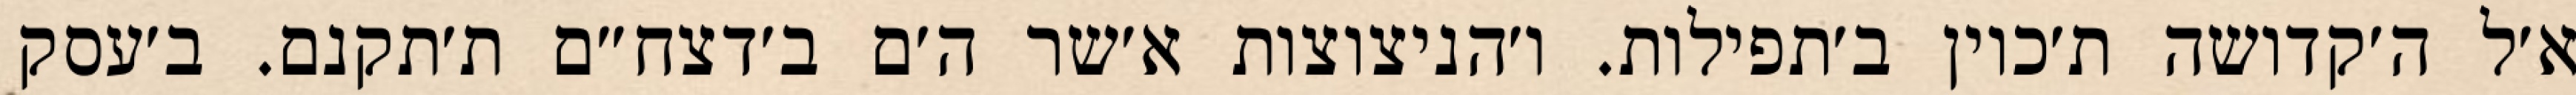
א׳ל ה׳קדושה ת׳כוין ב׳תפילות. ו׳הניצוצות א׳שר ה׳ם ב׳דצח״ם ת׳תקנם. ב׳עסק